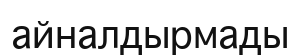
айналдырмады